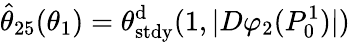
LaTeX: \hat{\theta}_{25}(\theta_{1})=\theta_{\mathrm{stdy}}^{\mathrm{d}}(1,|D\varphi_{2}(P_{0}^{1})|)